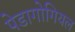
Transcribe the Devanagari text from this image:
पेडागोगियल